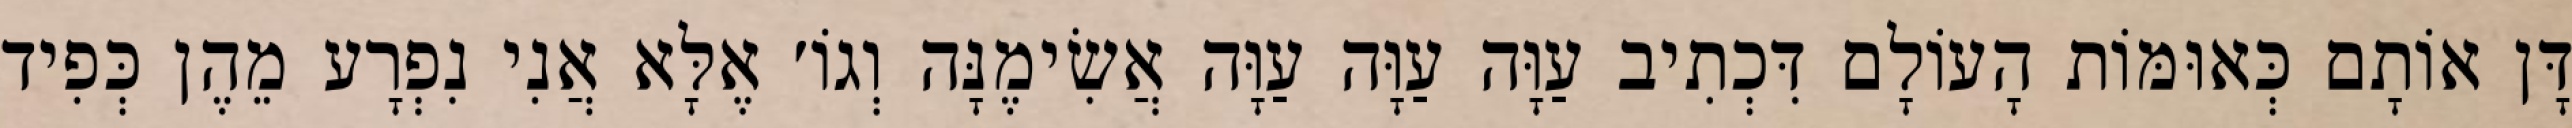
דָּן אוֹתָם כְּאוּמּוֹת הָעוֹלָם דִּכְתִיב עַוָּה עַוָּה עַוָּה אֲשִׂימֶנָּה וְגוֹ׳ אֶלָּא אֲנִי נִפְרָע מֵהֶן כְּפִיד